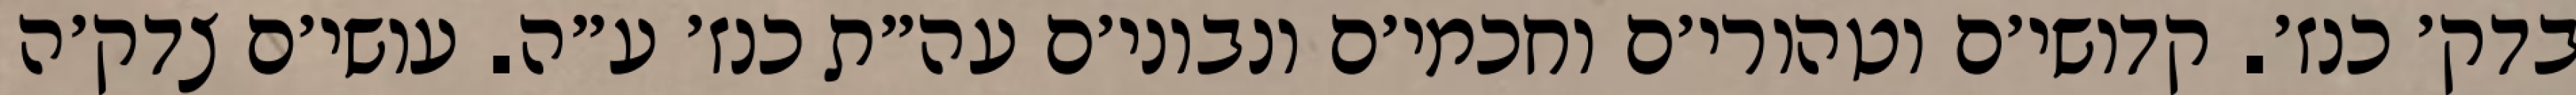
בדק׳ כנז׳. קדושי׳ם וטהורי׳ם וחכמי׳ם ונבוני׳ם עה״ת כנז׳ ע״ה. עושי׳ם צדק׳ה